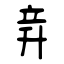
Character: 竎